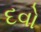
દવો